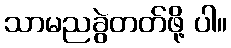
သာမညခွဲတတ်ဖို့ ပါ။